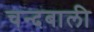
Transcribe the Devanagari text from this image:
चन्दबाली